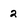
Character: 2